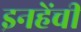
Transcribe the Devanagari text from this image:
इनहेंची